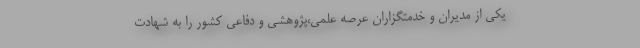
یکی از مدیران و خدمتگزاران عرصه علمی،پژوهشی و دفاعی کشور را به شهادت